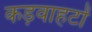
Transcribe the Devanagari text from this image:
कड़वाहटों